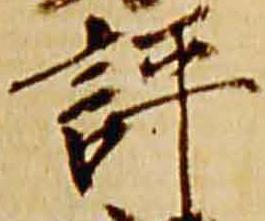
評